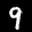
Label: 9